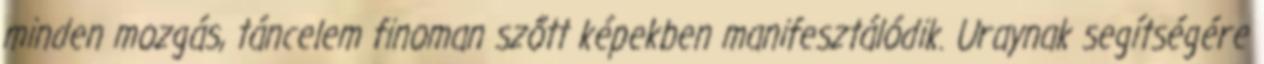
minden mozgás, táncelem finoman szőtt képekben manifesztálódik. Uraynak segítségére